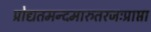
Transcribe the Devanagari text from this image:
प्रोद्यतमन्दमारुतरजःप्राप्ता